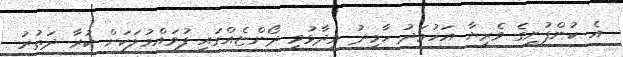
އެ ކުންފުނީގެ ވެރިޔާ އަހުމަދު ހާމިދު ވިދާޅުވީ ދޯންޏެއްގައި ފުވައްމުލަކަށް ކުރާ ދަތުރު